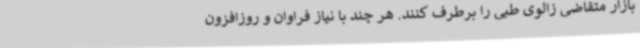
بازار متقاضی زالوی طبی را برطرف کنند. هر چند با نیاز فراوان و روزافزون